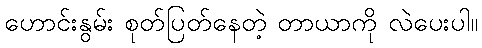
ဟောင်းနွမ်း စုတ်ပြတ်နေတဲ့ တာယာကို လဲပေးပါ။